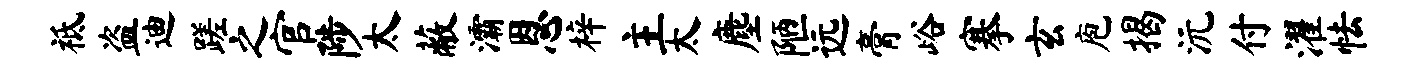
祗盗迪蹉之官陟太蔽灞恩梓主太麈陋远膏峪搴玄庖揭沅付濯怯